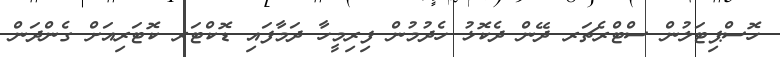
ހޮސްޕިޓަލުން ސްޓްރެޗަރ ދޭން ދެކޮޅު ހެދުމުން ފިރިމީހާ ދަމާފައި ޑޮކްޓަރ ކޮޓަރިއަށް ގެންދަން